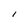
Character: l